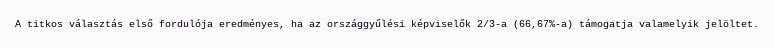
A titkos választás első fordulója eredményes, ha az országgyűlési képviselők 2/3-a (66,67%-a) támogatja valamelyik jelöltet.